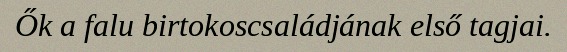
Ők a falu birtokoscsaládjának első tagjai.